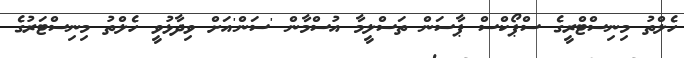
ހެލްތު މިނިސްޓްރީގެ ސްޕޯކްސް ޕާސަން ތަސްލީމާ އުސްމާން 'ސަން'އަށް ވިދާޅުވީ ހެލްތު މިނިސްޓަރުގެ